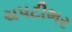
ચપટીભર